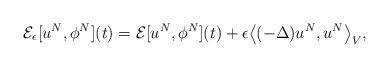
LaTeX: \begin{align*} \mathcal{E}_\epsilon[u^N, \phi^N](t) = \mathcal{E}[u^N,\phi^N](t) + \epsilon \big\langle (-\Delta)u^N,u^N\big\rangle_V,\end{align*}